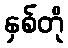
နှစ်တို